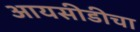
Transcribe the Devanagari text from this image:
आयसीडीचा